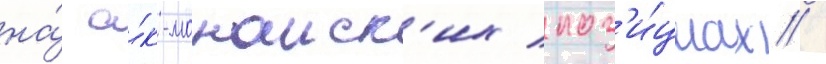
на́ а́к-монаиск'их поз'и́циах /